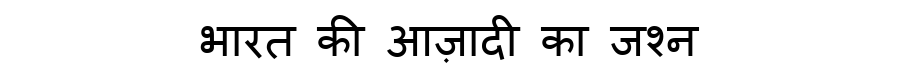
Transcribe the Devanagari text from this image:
भारत की आज़ादी का जश्न